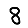
Digit: 8